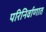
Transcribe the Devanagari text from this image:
परिनिर्वाणात